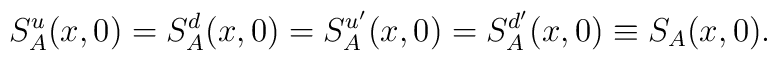
S_A^u(x,0) = S_A^d(x,0) = S_A^{u'}(x,0) = S_A^{d'}(x,0) \equiv S_A(x,0).